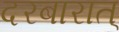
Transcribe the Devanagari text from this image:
दरबारात्